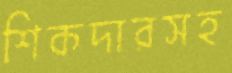
শিকদারসহ